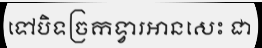
ទៅបិទច្រកទ្វារអានសេះ ជា